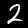
Label: 2